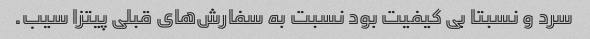
سرد و نسبتا بی کیفیت بود نسبت به سفارش‌های قبلی پیتزا سیب.